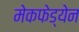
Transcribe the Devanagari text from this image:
मेकफेड्येन